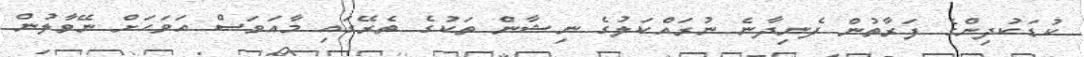
ކުޑަކުދިންގެ ފަރާތުން ފެނިދާނެ ނުރައްކަލުގެ ނިޝާން ތަކުގެ ތެރޭގައި މާއަވަސް އަވަހަށް ނޭވާލުން